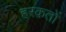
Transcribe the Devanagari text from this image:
हरक़तों